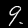
Label: 9